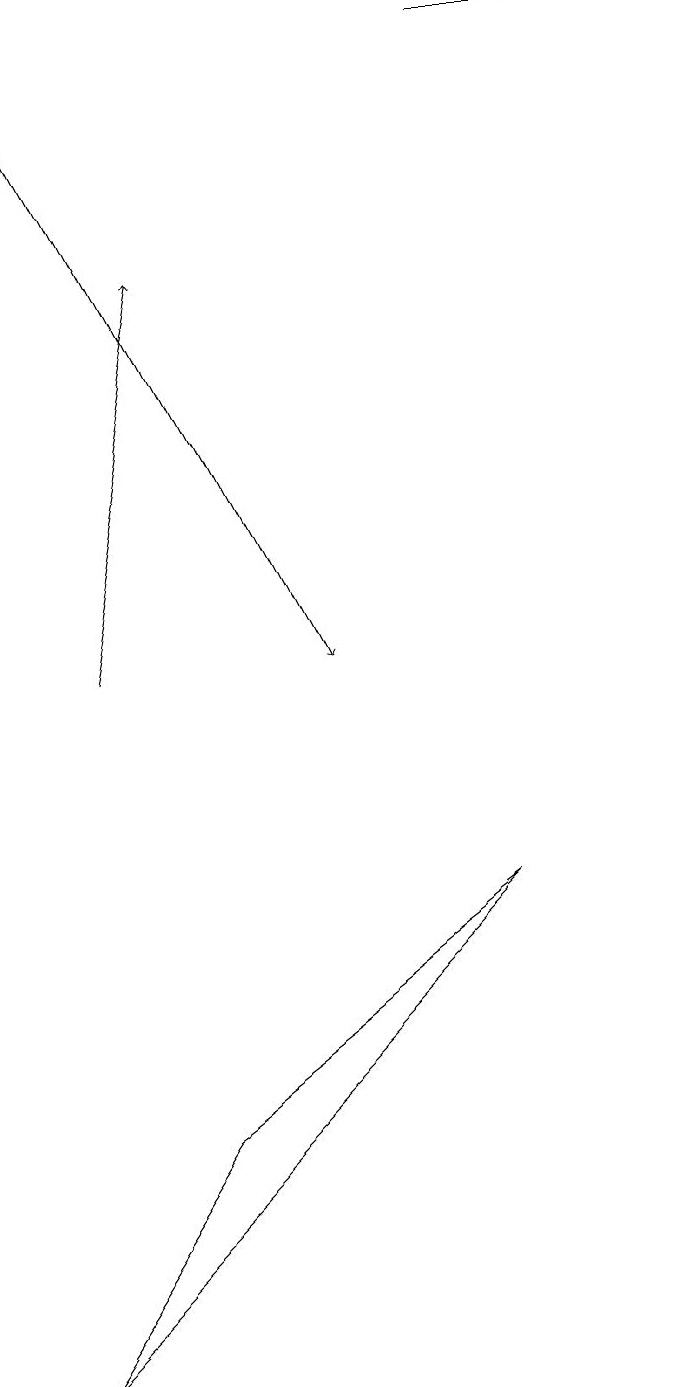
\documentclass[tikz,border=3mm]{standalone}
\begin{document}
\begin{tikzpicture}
\draw[->] (1,10) -- (2,15);
\draw[->] (6,18) -- (8,18);
\draw (0,1) -- (2,4) -- (6,7) -- cycle;
\draw[->] (0,18) -- (4,10);
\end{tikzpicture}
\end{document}